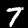
Digit: 7